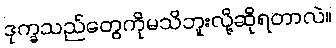
ဒုက္ခသည်တွေကိုမသိဘူးလို့ဆိုရတာလဲ။